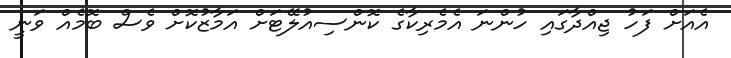
އެއަށް ފަހު ޖިއްދާގައި ހުންނަ އެމެރިކާގެ ކޮންސިއުލޭޓަށް އަމާޒުކޮށް ވެސް ބޮމެއް ވަނީ